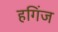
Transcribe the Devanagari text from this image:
हगिंज